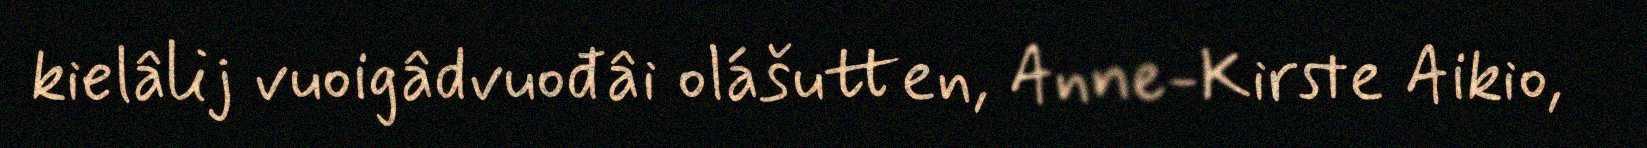
kielâlij vuoigâdvuođâi olášutten, Anne-Kirste Aikio,